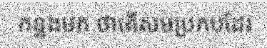
កន្លងមក ថាតើសមប្រកបដែរ